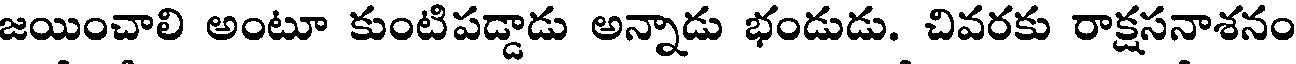
జయించాలి అంటూ కుంటిపడ్డాడు అన్నాడు భండుడు. చివరకు రాక్షసనాశనం